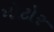
મોટોર